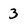
Character: 3